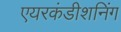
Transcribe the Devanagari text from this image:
एयरकंडीशनिंग